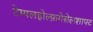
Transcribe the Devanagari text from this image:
टेम्पलहोल्फ़गेसेलशाफ्ट